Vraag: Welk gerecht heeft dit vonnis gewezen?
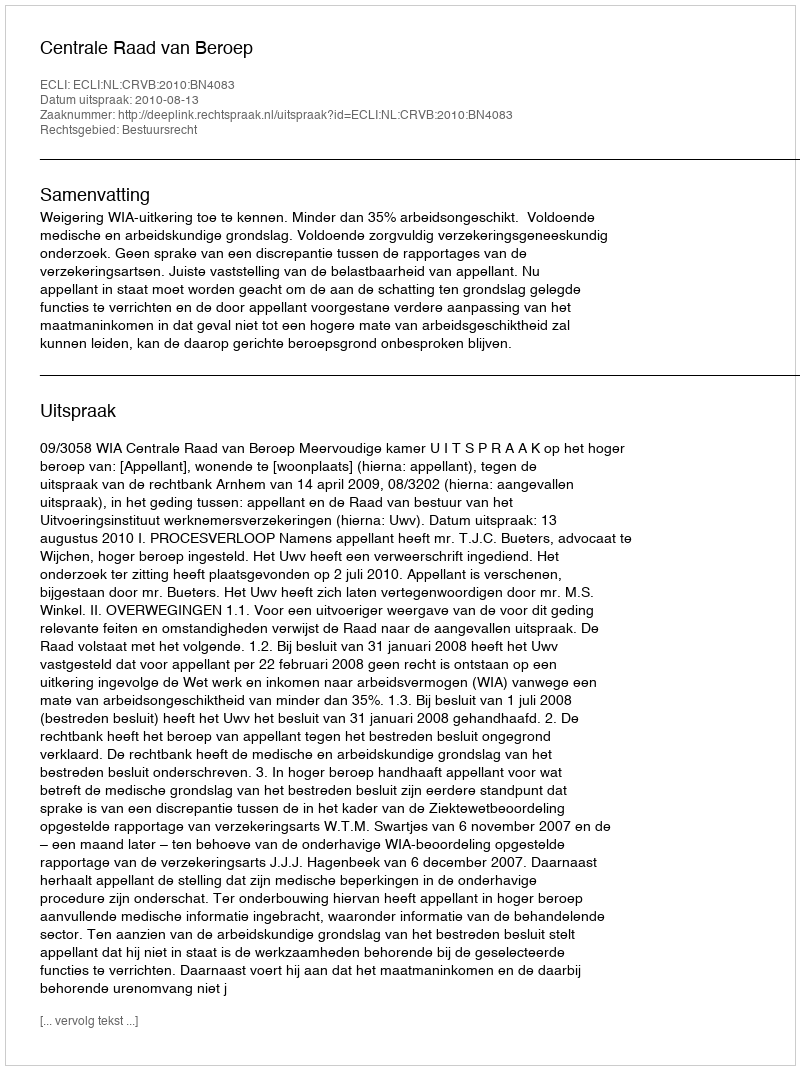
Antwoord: Centrale Raad van Beroep